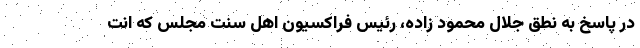
در پاسخ به نطق جلال محمود زاده، رئیس فراکسیون اهل سنت مجلس که انت